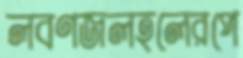
লবণজলহলেরপে